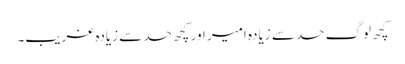
کچھ لوگ حد سے زیادہ امیر اور کچھ حد سے زیادہ غریب۔